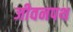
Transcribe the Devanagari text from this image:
जीवनपथ